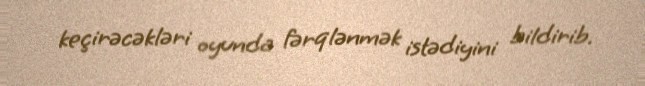
keçirəcəkləri oyunda fərqlənmək istədiyini bildirib.